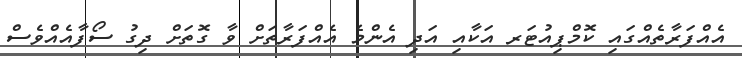
އެއްފަރާތެއްގައި ކޮމްޕިއުޓަރ އަކާއި އަދި އެންމެ އެއްފަރާތަށް ވާ ގޮތަށް ދިގު ސޯފާއެއްވެސް